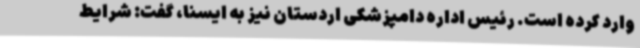
وارد کرده است. رئیس اداره دامپزشکی اردستان نیز به ایسنا، گفت: شرایط